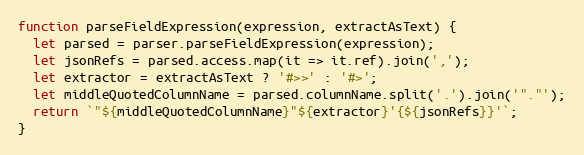
Language: JavaScript
function parseFieldExpression(expression, extractAsText) {
  let parsed = parser.parseFieldExpression(expression);
  let jsonRefs = parsed.access.map(it => it.ref).join(',');
  let extractor = extractAsText ? '#>>' : '#>';
  let middleQuotedColumnName = parsed.columnName.split('.').join('"."');
  return `"${middleQuotedColumnName}"${extractor}'{${jsonRefs}}'`;
}